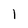
Character: 1